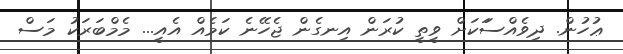
ޢުހުން. ދިވެއްސަަކަށް ވީތީ ކުރަން އިނގެން ޖެހޭނެ ކަމެއް އެއީ... މެމްބަރަކު މަސް